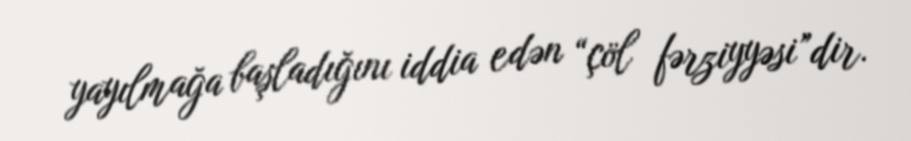
yayılmağa başladığını iddia edən “çöl fərziyyəsi”dir.